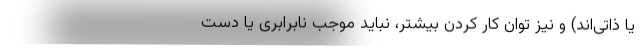
یا ذاتی‌اند) و نیز توان کار کردن بیشتر، نباید موجب نابرابری یا دست